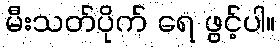
မီးသတ်ပိုက် ရေ ဖွင့်ပါ။